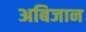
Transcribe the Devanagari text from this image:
अबिजान